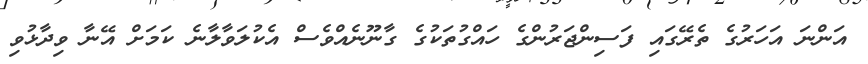
އަންނަ އަހަރުގެ ތެރޭގައި ފަސިންޖަރުންގެ ހައްގުތަކުގެ ގާނޫނެއްވެސް އެކުލަވާލާނެ ކަމަށް އޭނާ ވިދާޅުވި